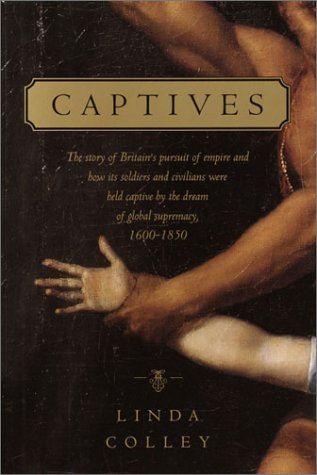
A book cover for Captives: The story of Britain's pursuit of empire and how its soldiers and civilians were  held captive by the dream of global supremacy; Linda Colley; History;